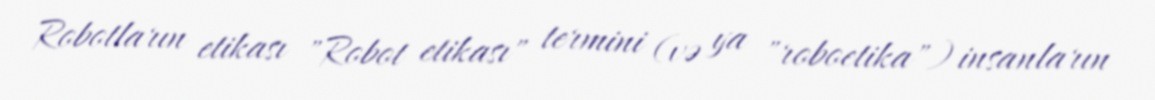
Robotların etikası "Robot etikası" termini (və ya "roboetika") insanların